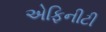
એફિનીટી